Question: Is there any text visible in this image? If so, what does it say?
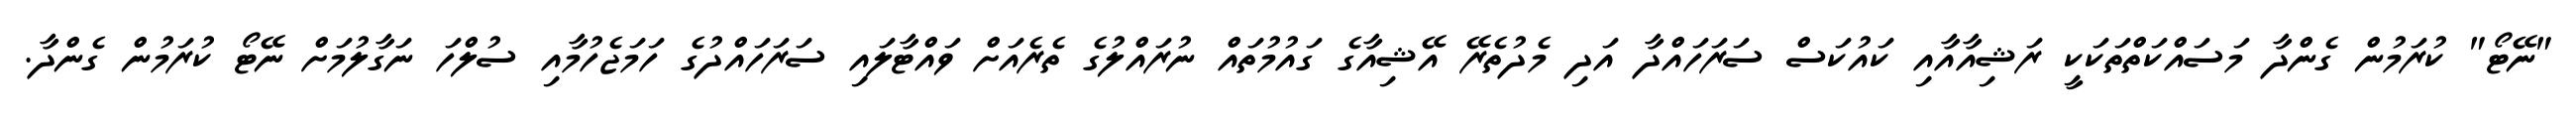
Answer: "ނޭޓޯ" ކުރަމުން ގެންދާ މަސައްކަތްތަކަކީ ރަޝިއާއާއި ކައުކަސް ސަރަހައްދާ އަދި މެދުތެރޭ އޭޝިއާގެ ގައުމުތައް ނުރައްލުގެ ތެރެއަށް ވައްޓާލައި ސަރަހައްދުގެ ހަމަޖެހުމާއި ސުލްހަ ނަގާލުމަށް ނޭޓޯ ކުރަމުން ގެންދާ.